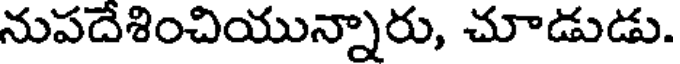
నుపదేశించియున్నారు, చూడుడు.